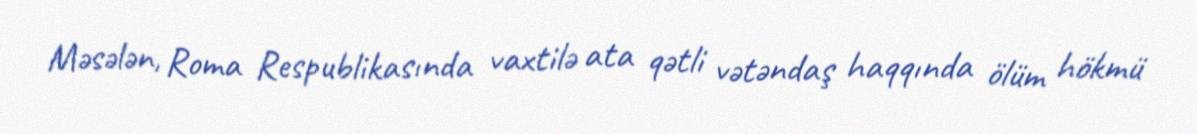
Məsələn, Roma Respublikasında vaxtilə ata qətli vətəndaş haqqında ölüm hökmü